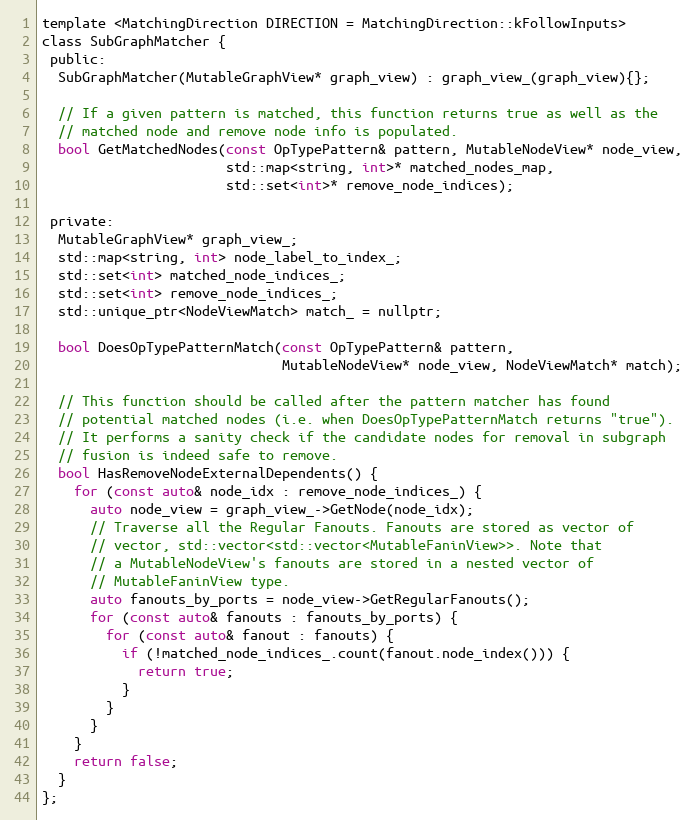
Language: C
template <MatchingDirection DIRECTION = MatchingDirection::kFollowInputs>
class SubGraphMatcher {
 public:
  SubGraphMatcher(MutableGraphView* graph_view) : graph_view_(graph_view){};

  // If a given pattern is matched, this function returns true as well as the
  // matched node and remove node info is populated.
  bool GetMatchedNodes(const OpTypePattern& pattern, MutableNodeView* node_view,
                       std::map<string, int>* matched_nodes_map,
                       std::set<int>* remove_node_indices);

 private:
  MutableGraphView* graph_view_;
  std::map<string, int> node_label_to_index_;
  std::set<int> matched_node_indices_;
  std::set<int> remove_node_indices_;
  std::unique_ptr<NodeViewMatch> match_ = nullptr;

  bool DoesOpTypePatternMatch(const OpTypePattern& pattern,
                              MutableNodeView* node_view, NodeViewMatch* match);

  // This function should be called after the pattern matcher has found
  // potential matched nodes (i.e. when DoesOpTypePatternMatch returns "true").
  // It performs a sanity check if the candidate nodes for removal in subgraph
  // fusion is indeed safe to remove.
  bool HasRemoveNodeExternalDependents() {
    for (const auto& node_idx : remove_node_indices_) {
      auto node_view = graph_view_->GetNode(node_idx);
      // Traverse all the Regular Fanouts. Fanouts are stored as vector of
      // vector, std::vector<std::vector<MutableFaninView>>. Note that
      // a MutableNodeView's fanouts are stored in a nested vector of
      // MutableFaninView type.
      auto fanouts_by_ports = node_view->GetRegularFanouts();
      for (const auto& fanouts : fanouts_by_ports) {
        for (const auto& fanout : fanouts) {
          if (!matched_node_indices_.count(fanout.node_index())) {
            return true;
          }
        }
      }
    }
    return false;
  }
};